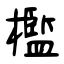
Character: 檻